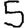
Digit: 5